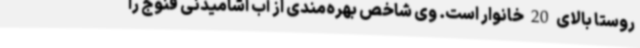
روستا بالای 20 خانوار است. وی شاخص بهره‌مندی از آب آشامیدنی فنوج را